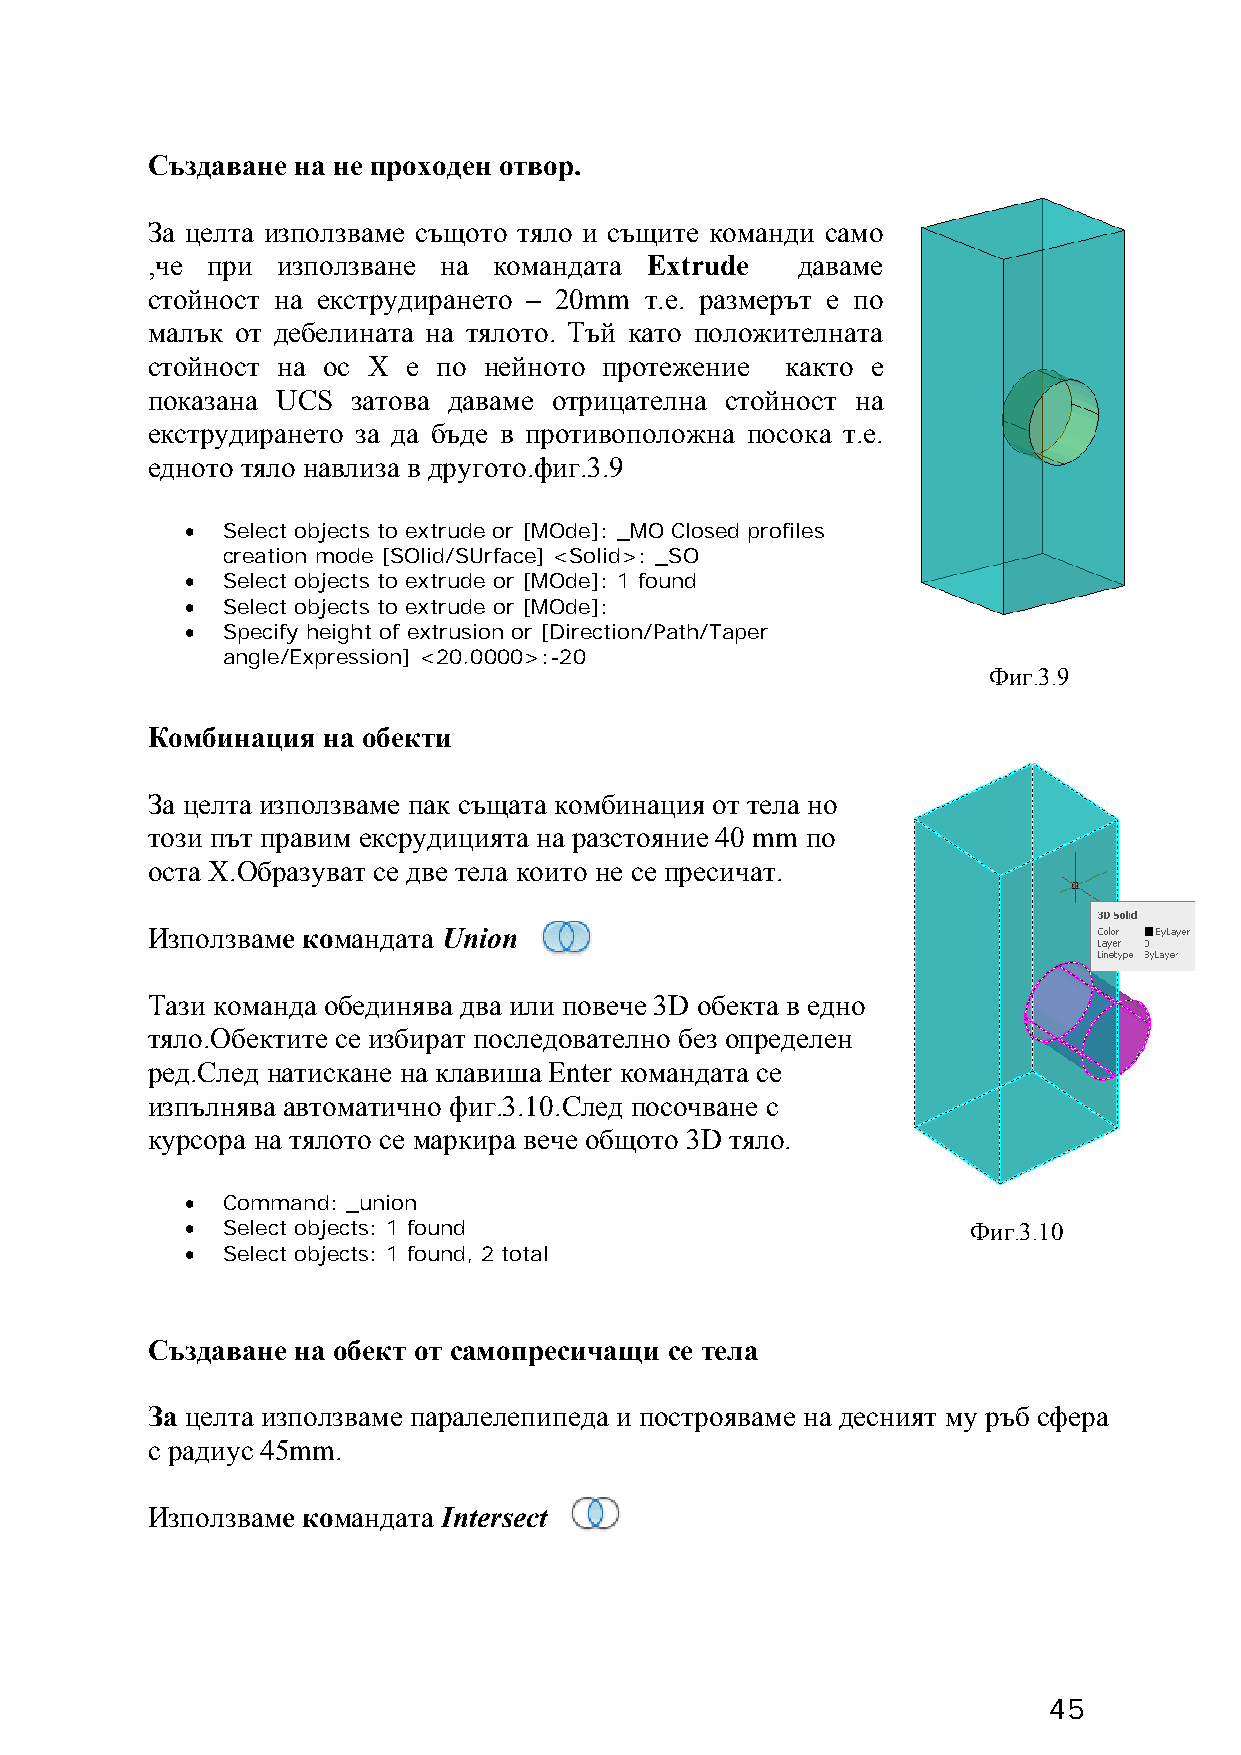
Създаване на не проходен отвор.
 За целта използваме същото тяло и същите команди само
 ,че при използване на  командата Extrude   даваме
 стойност на екструдирането – 20mm т.е. размерът е по
 малък от дебелината на тялото. Тъй като положителната
 стойност на ос X е по нейното протежение  както е
 показана UCS затова даваме отрицателна стойност на
 екструдирането за да бъде в противоположна посока т.е.
 едното тяло навлиза в другото.фиг.3.9
 •  Select objects to extrude or [MOde]: _MO Closed profiles
 creation mode [SOlid/SUrface] <Solid>: _SO
 •  Select objects to extrude or [MOde]: 1 found
 •  Select objects to extrude or [MOde]:
 •  Specify height of extrusion or [Direction/Path/Taper
 angle/Expression] <20.0000>:-20
 Фиг.3.9
 Комбинация на обекти
 За целта използваме пак същата комбинация от тела но
 този път правим ексрудицията на разстояние 40 mm по
 оста X.Образуват се две тела които не се пресичат.
 Използваме командата Union
 Тази команда обединява два или повече 3D обекта в едно
 тяло.Обектите се избират последователно без определен
 ред.След натискане на клавиша Enter командата се
 изпълнява автоматично фиг.3.10.След посочване с
 курсора на тялото се маркира вече общото 3D тяло.
 •  Command: _union
 •  Select objects: 1 found                          Фиг.3.10
 •  Select objects: 1 found, 2 total
 Създаване на обект от самопресичащи се тела
 За целта използваме паралелепипеда и построяваме на десният му ръб сфера
 с радиус 45mm.
 Използваме командата Intersect
 45